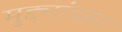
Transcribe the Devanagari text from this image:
मुद्द्यांवरुन